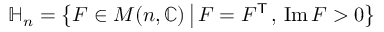
\mathbb { H } _ { n } = \left\{ F \in M ( n , \mathbb { C } ) \, { \big | } \, F = F ^ { \mathsf { T } } \, , \, \operatorname { I m } F > 0 \right\}